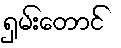
ရှမ်းတောင်